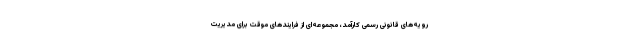
رویه‌های قانونی رسمی کارآمد، مجموعه‌ای از فرایندهای موقت برای مدیریت